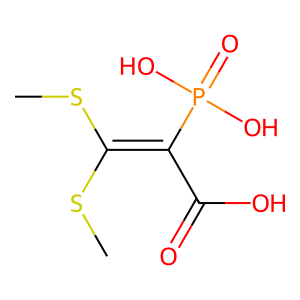
SMILES: CSC(SC)=C(C(=O)O)P(=O)(O)O
Inhibits HIV replication: No